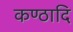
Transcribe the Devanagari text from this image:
कण्ठादि